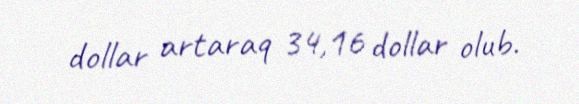
dollar artaraq 34,16 dollar olub.